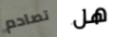
تصادم هل